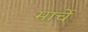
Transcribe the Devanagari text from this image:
मार्चे